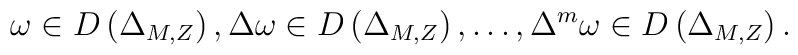
\omega\in D\left(\Delta_{M,Z}\right), \Delta\omega\in D\left(\Delta_{M,Z}\right),\ldots,\Delta^m\omega\in D\left(\Delta_{M,Z}\right).